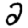
Digit: 2